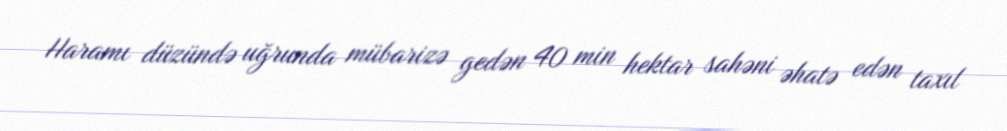
Haramı düzündə uğrunda mübarizə gedən 40 min hektar sahəni əhatə edən taxıl